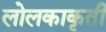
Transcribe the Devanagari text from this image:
लोलकाकृती